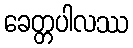
ခေတ္တပါလဿ